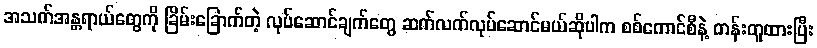
အသက်အန္တရာယ်တွေကို ခြိမ်းခြောက်တဲ့ လုပ်ဆောင်ချက်တွေ ဆက်လက်လုပ်ဆောင်မယ်ဆိုပါက စစ်ကောင်စီနဲ့ တန်းတူထားပြီး